Some observations on the poison of the banded krait (Bungarus fasciatus) - Number 7
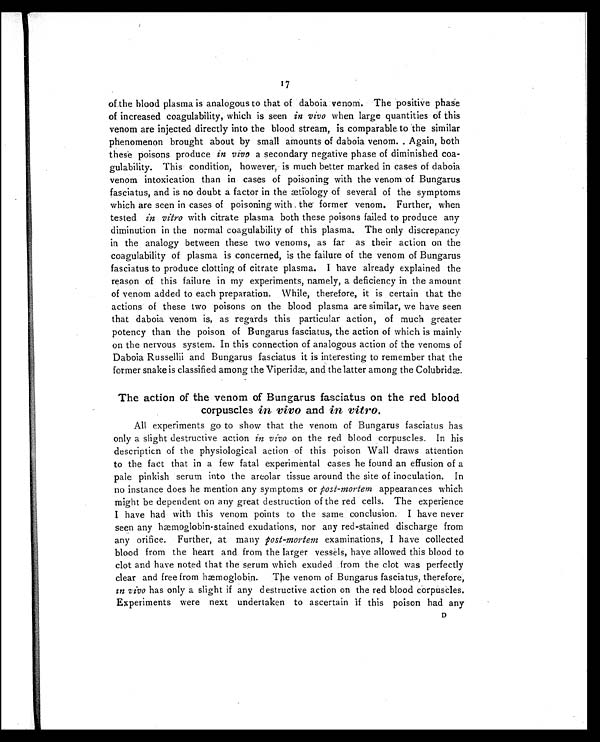
1 7
of the blood plasma is analogous to that of daboia venom. The positive phase
of increased coagulability, which is seen in vivo when large quantities of this
venom are injected directly into the blood stream, is comparable to the similar
phenomenon brought about by small amounts of daboia venom. Again, both
these poisons produce in vivo a secondary negative phase of diminished coa-
gulability. This condition, however, is much better marked in cases of daboia
venom intoxication than in cases of poisoning with the venom of Bungarus
fasciatus, and is no doubt a factor in the ætiology of several of the symptoms
which are seen in cases of poisoning with the former venom. Further, when
tested in vitro with citrate plasma both these poisons failed to produce any
diminution in the normal coagulability of this plasma. The only discrepancy
in the analogy between these two venoms, as far as their action on the
coagulability of plasma is concerned, is the failure of the venom of Bungarus
fasciatus to produce clotting of citrate plasma. I have already explained the
reason of this failure in my experiments, namely, a deficiency in the amount
of venom added to each preparation. While, therefore, it is certain that the
actions of these two poisons on the blood plasma are similar, we have seen
that daboia venom is, as regards this particular action, of much greater
potency than the poison of Bungarus fasciatus, the action of which is mainly
on the nervous system. In this connection of analogous action of the venoms of
Daboia Russellii and Bungarus fasciatus it is interesting to remember that the
former snake is classified among the Viperidæ, and the latter among the Colubridæ.
The action of the venom of Bungarus fasciatus on the red blood
corpuscles in vivo and in vitro.
All experiments go to show that the venom of Bungarus fasciatus has
only a slight destructive action in vivo on the red blood corpuscles. In his
description of the physiological action of this poison Wall draws attention
to the fact that in a few fatal experimental cases he found an effusion of a
pale pinkish serum into the areolar tissue around the site of inoculation. In
no instance does he mention any symptoms or post-mortem appearances which
might be dependent on any great destruction of the red cells. The experience
I have had with this venom points to the same conclusion. I have never
seen any hæmoglobin-stained exudations, nor any red-stained discharge from
any ori fi ce. Furt her, at many p o s t - m o r t e m
e x a m i n a t i o n s , I h a v e c o l l e c t e d
blood from the heart and from the larger vessels, have allowed this blood to
clot and have noted that the serum which exuded from the clot was perfectly
clear and free from hæmoglobin. The venom of Bungarus fasciatus, therefore,
in vivo has only a slight if any destructive action on the red blood corpuscles.
Experiments were next undertaken to ascertain ìf this poison had any
D